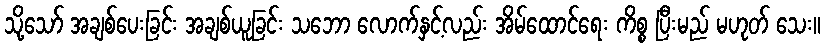
သို့သော် အချစ်ပေးခြင်း အချစ်ယူခြင်း သဘော လောက်နှင့်လည်း အိမ်ထောင်ရေး ကိစ္စ ပြီးမည် မဟုတ် သေး။